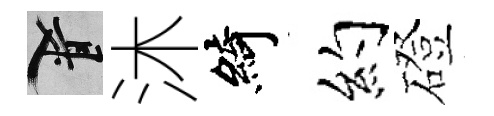
柳沐綺约磴